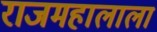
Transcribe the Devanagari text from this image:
राजमहालाला